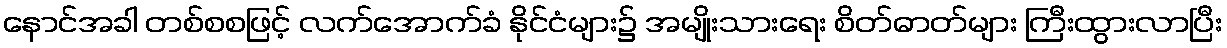
နောင်အခါ တစ်စစဖြင့် လက်အောက်ခံ နိုင်ငံများ၌ အမျိုးသားရေး စိတ်ဓာတ်များ ကြီးထွားလာပြီး